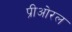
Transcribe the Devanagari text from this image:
प्रीओरल